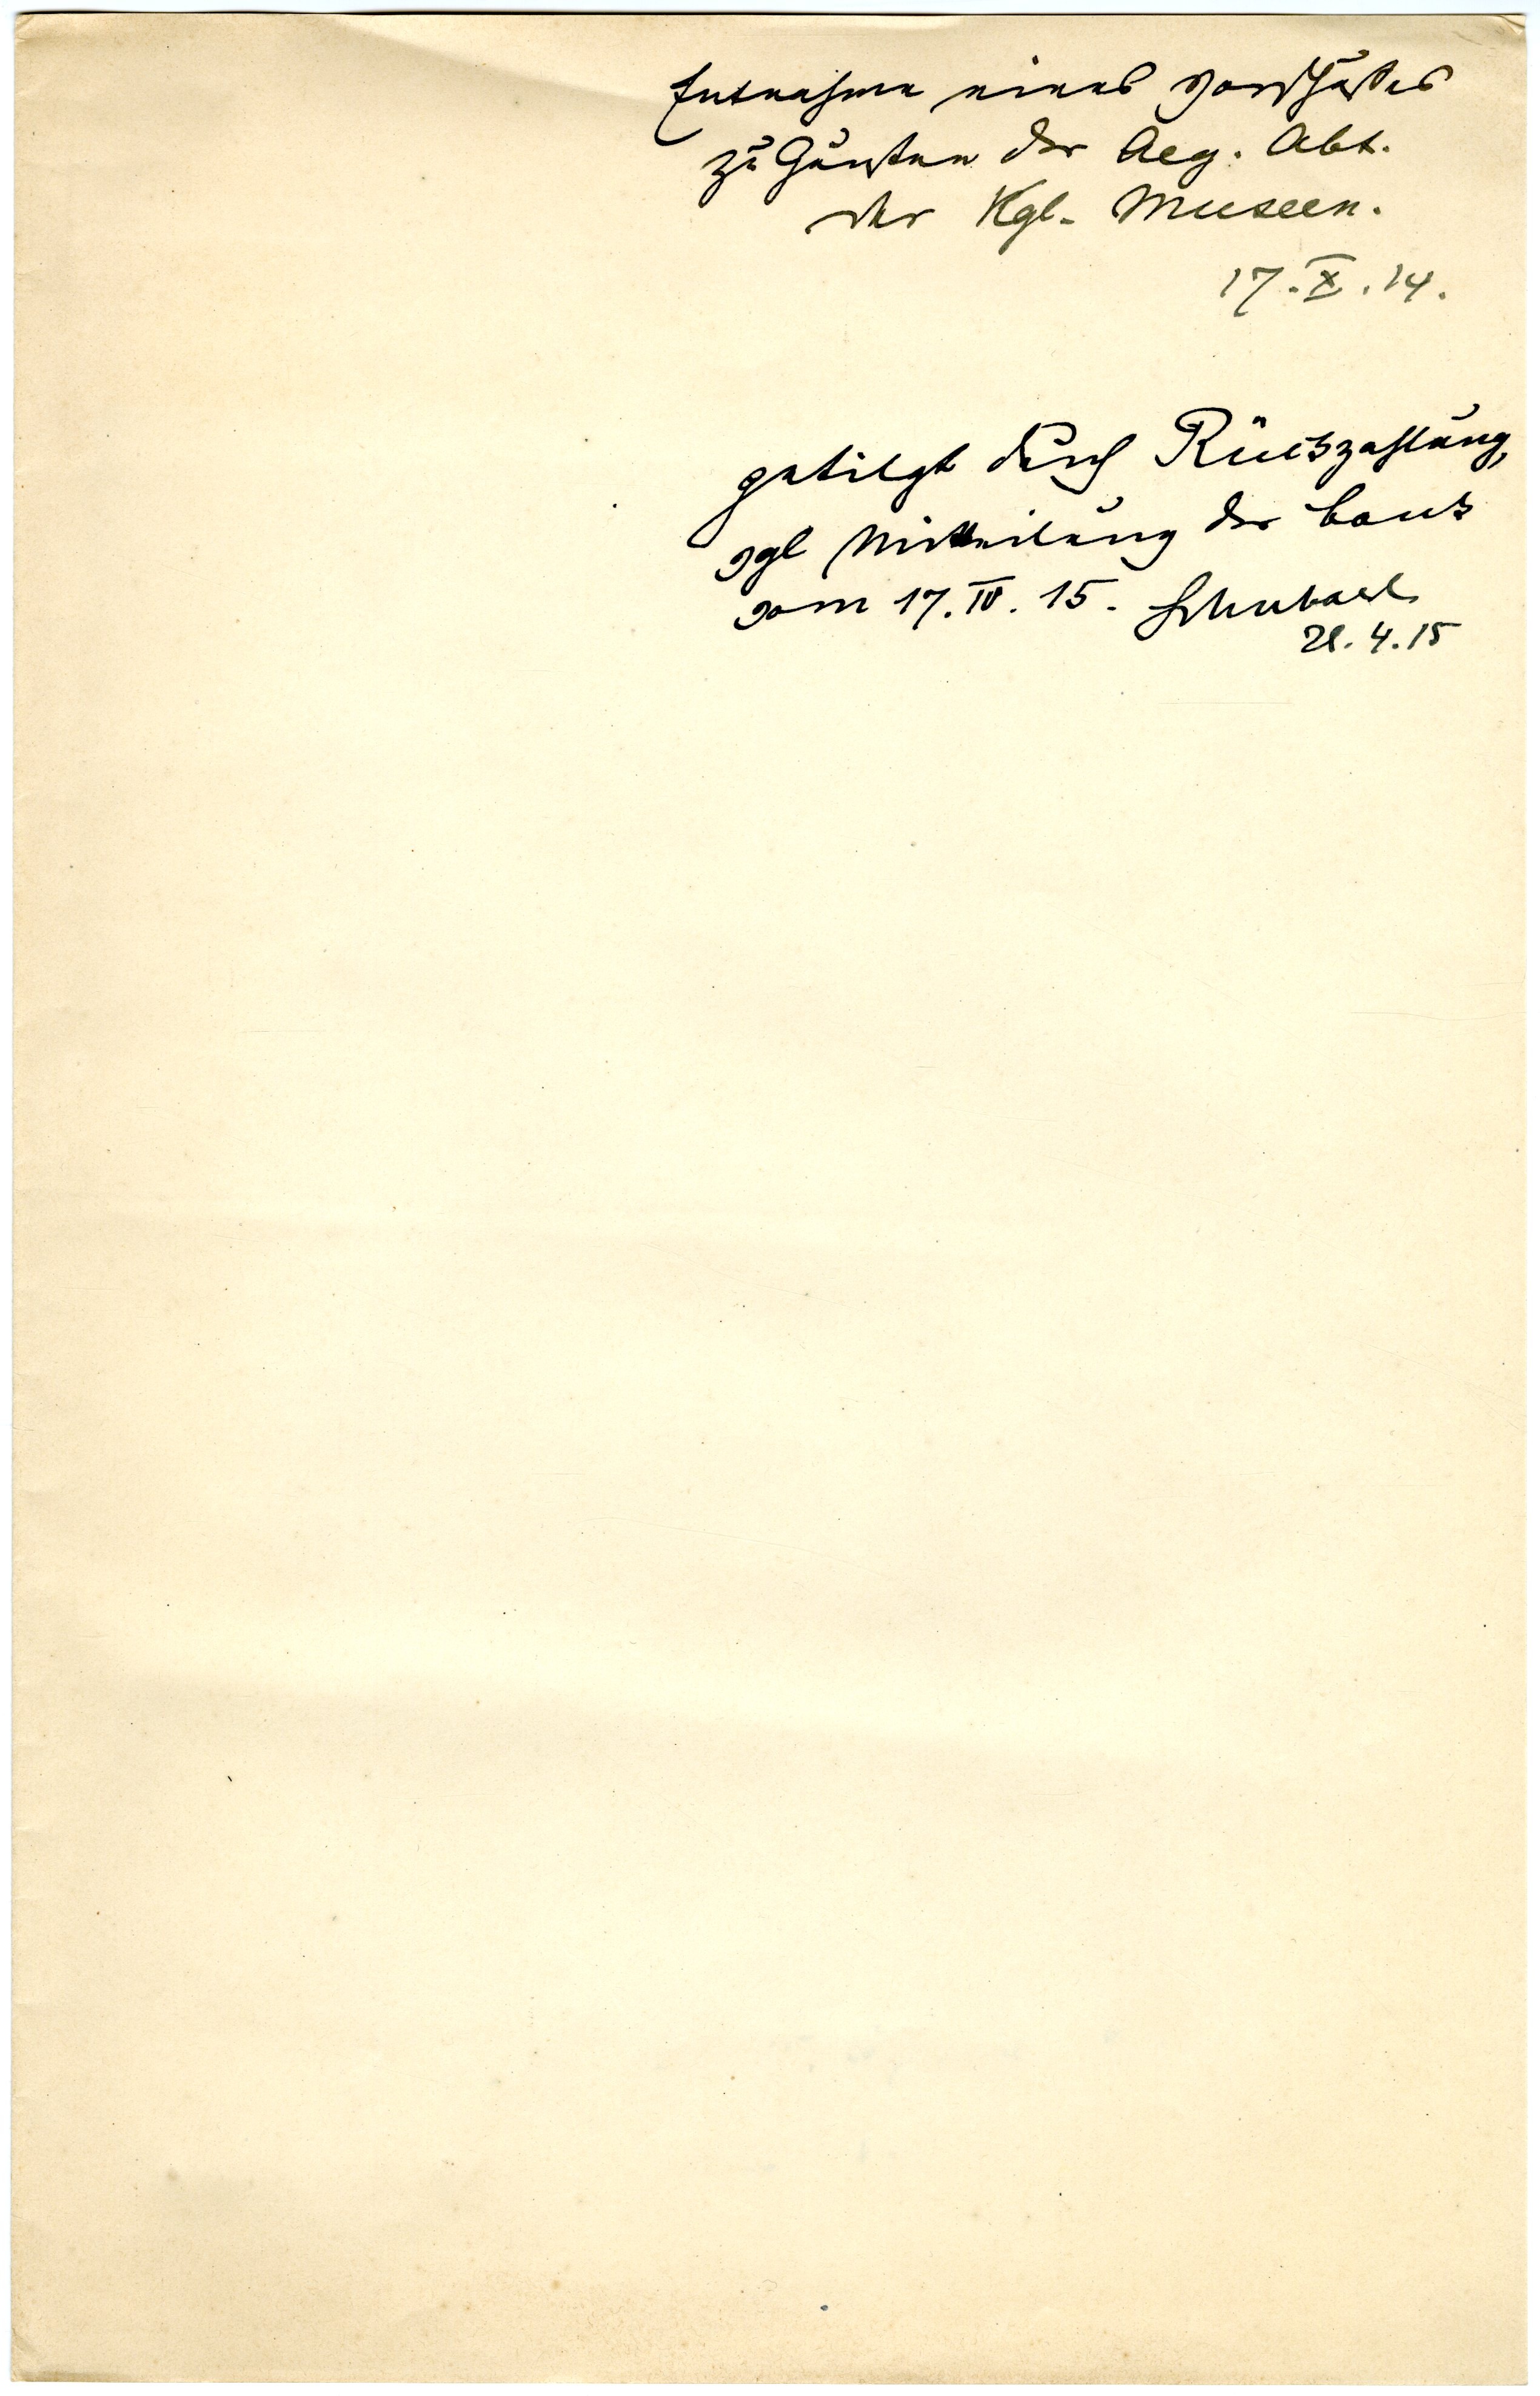
Entnahme eines Vorschlusses
zu Gunsten der Aeg. Abt.
der Kgl. Museen.
17. X. 14
getilgt durch Rückzahlung,
vgl Mitteilung der Bank
vom 17.IV.15.
Schubart
21.4.15